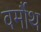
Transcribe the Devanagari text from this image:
वर्मौथ